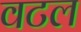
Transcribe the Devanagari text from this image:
वटल